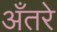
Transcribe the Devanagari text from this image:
अँतरे